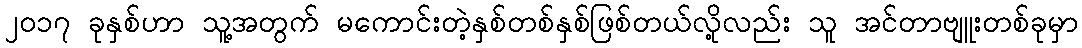
၂၀၁၇ ခုနှစ်ဟာ သူ့အတွက် မကောင်းတဲ့နှစ်တစ်နှစ်ဖြစ်တယ်လို့လည်း သူ အင်တာဗျူးတစ်ခုမှာ